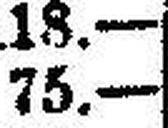
75.—